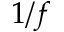
1 / f